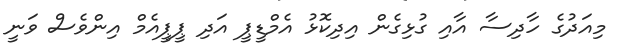
މިއަދުގެ ހާދިސާ އާއި ގުޅިގެން އިދިކޮޅު އެމްޑީޕީ އަދި ޕީޕީއެމް އިންވެސް ވަނީ